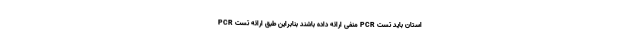
استان باید تست PCR منفی ارائه داده باشند بنابراین طبق ارائه تست PCR